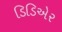
ડિડિએર